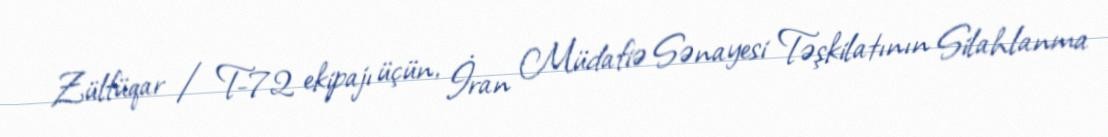
Zülfüqar / T-72 ekipajı üçün, İran Müdafiə Sənayesi Təşkilatının Silahlanma